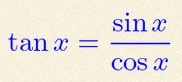
\tan x=\frac{\sin x}{\cos x}